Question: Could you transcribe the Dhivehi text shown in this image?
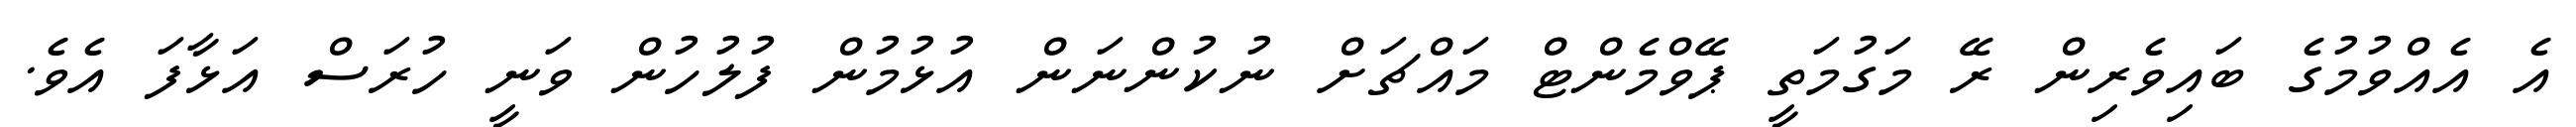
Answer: އެ އެއްވުމުގެ ބައިވެރިން ރޭ މަގުމަތީ ޕޭވްމެންޓް މައްޗަށް ނުކުންނަން އުޅުމުން ފުލުހުން ވަނީ ހުރަސް އަޅާފަ އެވެ.